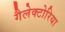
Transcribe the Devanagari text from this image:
गैलेक्टोरिया